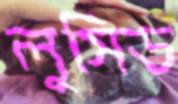
লুসিড